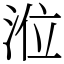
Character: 涖